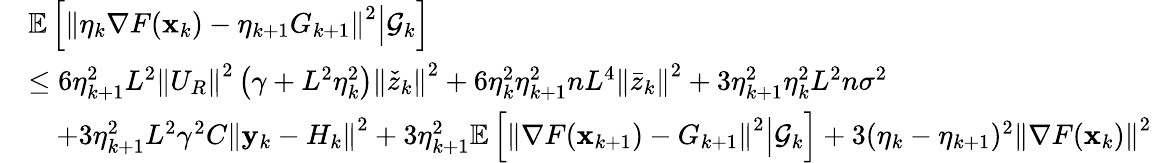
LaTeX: \begin{array}{rl}&{\mathbb{E}\left[\left\Vert\eta_{k}\nabla F(\mathbf{x}_{k})-\eta_{k+1}G_{k+1}\right\Vert^{2}\middle|\mathcal{G}_{k}\right]}\\ &{\leq 6\eta_{k+1}^{2}L^{2}\left\Vert U_{R}\right\Vert^{2}\left(\gamma+L^{2}\eta_{k}^{2}\right)\left\Vert\check{z}_{k}\right\Vert^{2}+6\eta_{k}^{2}\eta_{k+1}^{2}nL^{4}\left\Vert\bar{z}_{k}\right\Vert^{2}+3\eta_{k+1}^{2}\eta_{k}^{2}L^{2}n\sigma^{2}}\\ &{\quad+3\eta_{k+1}^{2}L^{2}\gamma^{2}C\left\Vert\mathbf{y}_{k}-H_{k}\right\Vert^{2}+3\eta_{k+1}^{2}\mathbb{E}\left[\left\Vert\nabla F(\mathbf{x}_{k+1})-G_{k+1}\right\Vert^{2}\middle|\mathcal{G}_{k}\right]+3(\eta_{k}-\eta_{k+1})^{2}\left\Vert\nabla F(\mathbf{x}_{k})\right\Vert^{2}}\end{array}